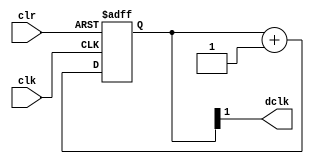
`timescale 1ns / 1ps
//////////////////////////////////////////////////////////////////////////////////
// Company: 
// Engineer: 
// 
// Design Name: 
// Module Name:    display_clock_div 
// Project Name: 
// Target Devices: 
// Tool versions: 
// Description: 
//
// Dependencies: 
//
// Revision: 
// Revision 0.01 - File Created
// Additional Comments: 
//
//////////////////////////////////////////////////////////////////////////////////
module display_clock_div(
    input clk,
	 input clr,
    output dclk
    );

// 17-bit counter variable
reg [16:0] q;

// Clock divider --
// Each bit in q is a clock signal that is
// only a fraction of the master clock.
always @(posedge clk or posedge clr)
begin
	// reset condition
	if (clr == 1)
		q <= 0;
	// increment counter by one
	else
		q <= q + 1;
end

// 50Mhz  2^2 = 12.5MHz
assign dclk = q[1];

endmodule